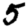
Digit: 5